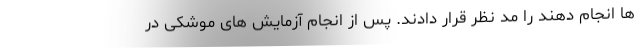
ها انجام دهند را مد نظر قرار دادند. پس از انجام آزمایش های موشکی در